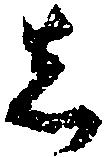
し